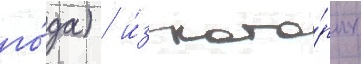
го́да) / и́з кото́рых